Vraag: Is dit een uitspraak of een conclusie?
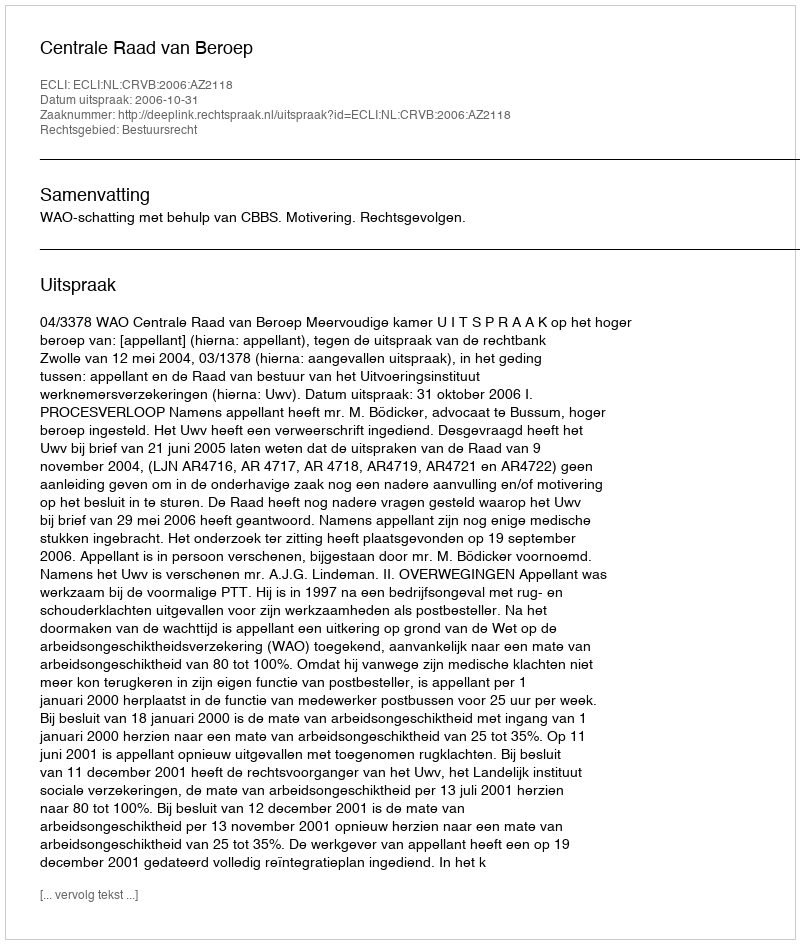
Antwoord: Uitspraak